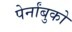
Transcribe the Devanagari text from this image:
पेर्नांबुको